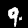
Digit: 9